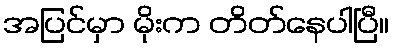
အပြင်မှာ မိုးက တိတ်နေပါပြီ။